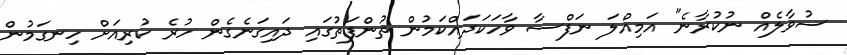
ސުވާލެއް ނުކުރާނެ" އަމިއްލަ ނަފްސާ ވާހަކަދައްކަމުން ތުންފަތުގައި ދައިގަނެގެން ހުރެ ކުރިއަށް ހިނގަމުން